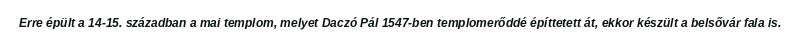
Erre épült a 14-15. században a mai templom, melyet Daczó Pál 1547-ben templomerőddé építtetett át, ekkor készült a belsővár fala is.